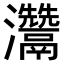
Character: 𤅬